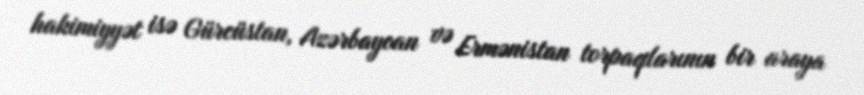
hakimiyyət isə Gürcüstan, Azərbaycan və Ermənistan torpaqlarının bir araya